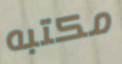
مكتبه